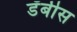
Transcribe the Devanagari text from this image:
डँबीस